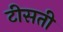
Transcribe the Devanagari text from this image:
टीसती